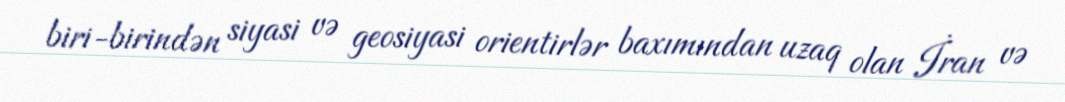
biri-birindən siyasi və geosiyasi orientirlər baxımından uzaq olan İran və